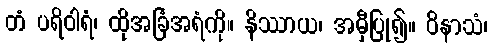
တံ ပရိဝါရံ၊ ထိုအခြံအရံကို။ နိဿာယ၊ အမှီပြု၍။ ဝိနာသံ၊